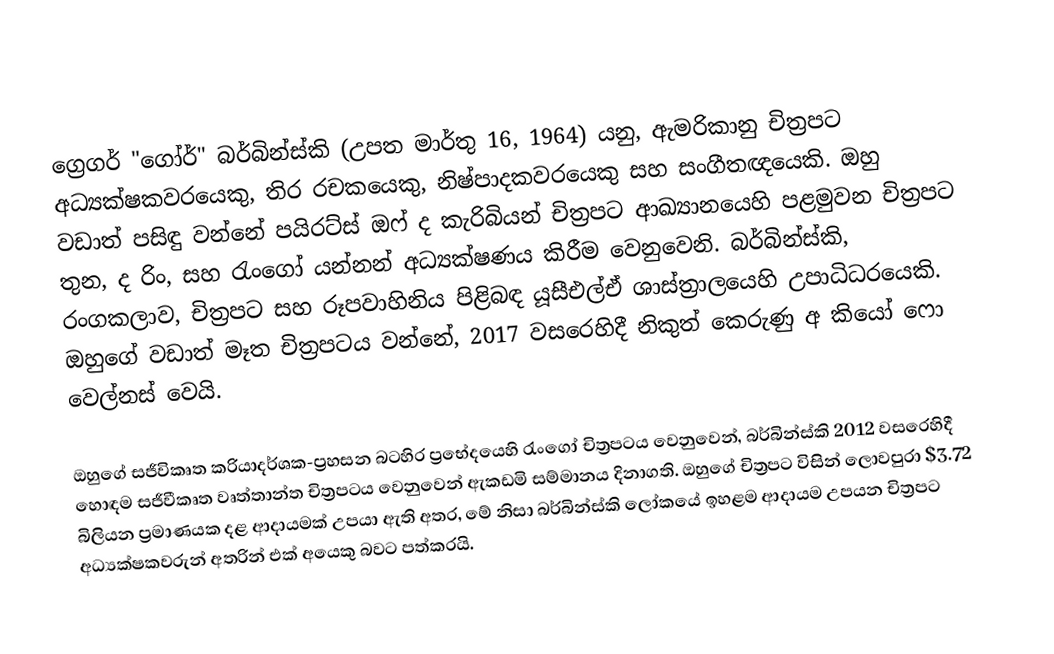
ග්‍රෙගර් "ගෝර්" බර්බින්ස්කි (උපත මාර්තු 16, 1964) යනු,  ඇමරිකානු චිත්‍රපට අධ්‍යක්ෂකවරයෙකු, තිර රචකයෙකු, නිෂ්පාදකවරයෙකු සහ සංගීතඥයෙකි. ඔහු වඩාත් පසිඳු වන්නේ  පයිරට්ස් ඔෆ් ද කැරිබියන් චිත්‍රපට  ආඛ්‍යානයෙහි පළමුවන චිත්‍රපට තුන, ද රිං, සහ රැංගෝ යන්නන් අධ්‍යක්ෂණය කිරීම වෙනුවෙනි. බර්බින්ස්කි,  රංගකලාව, චිත්‍රපට සහ රූපවාහිනිය පිළිබඳ යූසීඑල්ඒ ශාස්ත්‍රාලයෙහි උපාධිධරයෙකි. ඔහුගේ වඩාත් මෑත චිත්‍රපටය වන්නේ, 2017 වසරෙහිදී නිකුත් කෙරුණු අ කියෝ ෆො වෙල්නස් වෙයි.

ඔහුගේ සජීවිකෘත ක‍්‍රියාදර්ශක-ප්‍රහසන බටහිර ප්‍රභේදයෙහි රැංගෝ චිත්‍රපටය වෙනුවෙන්,  බර්බින්ස්කි 2012 වසරෙහිදී හොඳම සජීවීකෘත වෘත්තාන්ත චිත්‍රපටය වෙනුවෙන් ඇකඩමි සම්මානය දිනාගති. ඔහුගේ චිත්‍රපට විසින් ලොවපුරා $3.72 බිලියන ප්‍රමාණයක දළ ආදායමක් උපයා ඇති අතර, මේ නිසා බර්බින්ස්කි ලෝකයේ ඉහළම ආදායම උපයන චිත්‍රපට අධ්‍යක්ෂකවරුන් අතරින් එක් අයෙකු බවට පත්කරයි.